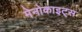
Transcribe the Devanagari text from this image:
मेनोकाइट्स